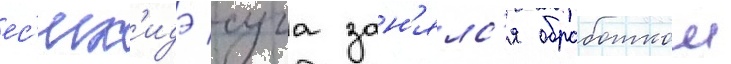
ес'их'идэ суга зан'ялс'я обработкои